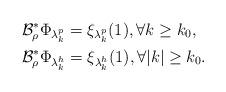
LaTeX: \begin{align*}&\mathcal B^*_\rho \Phi_{\lambda^p_k} = \xi_{\lambda^p_k}(1), \forall k \geq k_0, \\&\mathcal B^*_\rho \Phi_{\lambda^h_k} = \xi_{\lambda^h_k}(1) , \forall |k|\geq k_0.\end{align*}